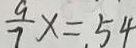
\frac { 9 } { 7 } x = 5 4